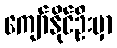
ကျော်နိုင်ဦးမှာ